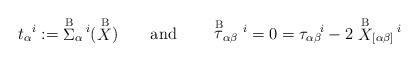
LaTeX: \begin{align*} t_\alpha{}^i:=\;\stackrel{{\rm B}}{\Sigma}_\alpha{}^{\!i} (\stackrel{{\rm B}}{X}) \qquad{\rm and}\qquad\stackrel{{\rm B}}{\tau}_{\alpha\beta}{}^i =0= {\tau}_{\alpha\beta}{}^{\!i} - 2 \stackrel{{\rm B}}{X}_{[\alpha\beta]}{}^{\!i}\end{align*}